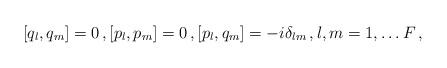
LaTeX: \begin{align*}[q_l , q_m]=0 \, , [p_l,p_m]=0 \, , [p_l, q_m] =-i \delta_{lm} \, , l,m=1, \ldots F \, , \end{align*}